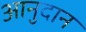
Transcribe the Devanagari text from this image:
आनुदान